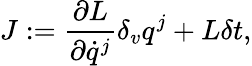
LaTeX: {J}:=\frac{\partial{L}}{\partial\dot{q}^{j}}\delta_{v}q^{j}+{L}\delta t,